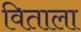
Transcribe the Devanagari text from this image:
विताला